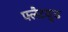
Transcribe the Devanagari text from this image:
फ्लैटवुड